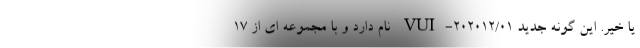
یا خیر. این گونه جدید VUI-۲۰۲۰۱۲/۰۱ نام دارد و با مجموعه ای از ۱۷